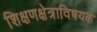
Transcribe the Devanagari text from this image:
शिक्षणक्षेत्राविषयक